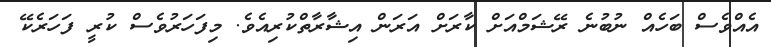
އެއްވެސް ބަހެއް ނުބުނެ ރޭޝަމްއަށް ކާރަށް އަރަން އިޝާރާތްކުރިއެވެ. މިފަހަރުވެސް ކުރީ ފަހަރެކޭ